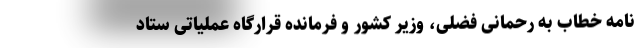
نامه خطاب به رحمانی فضلی، وزیر کشور و فرمانده قرارگاه عملیاتی ستاد